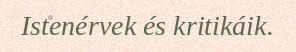
Istenérvek és kritikáik.